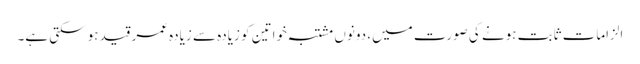
الزامات ثابت ہونے کی صورت میں، دونوں مشتبہ خواتین کو زیادہ سے زیادہ عمر قید ہو سکتی ہے۔